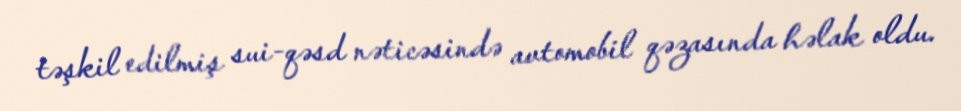
təşkil edilmiş sui-qəsd nəticəsində avtomobil qəzasında həlak oldu.